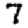
Digit: 7